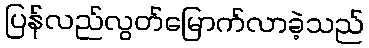
ပြန်လည်လွတ်မြောက်လာခဲ့သည်